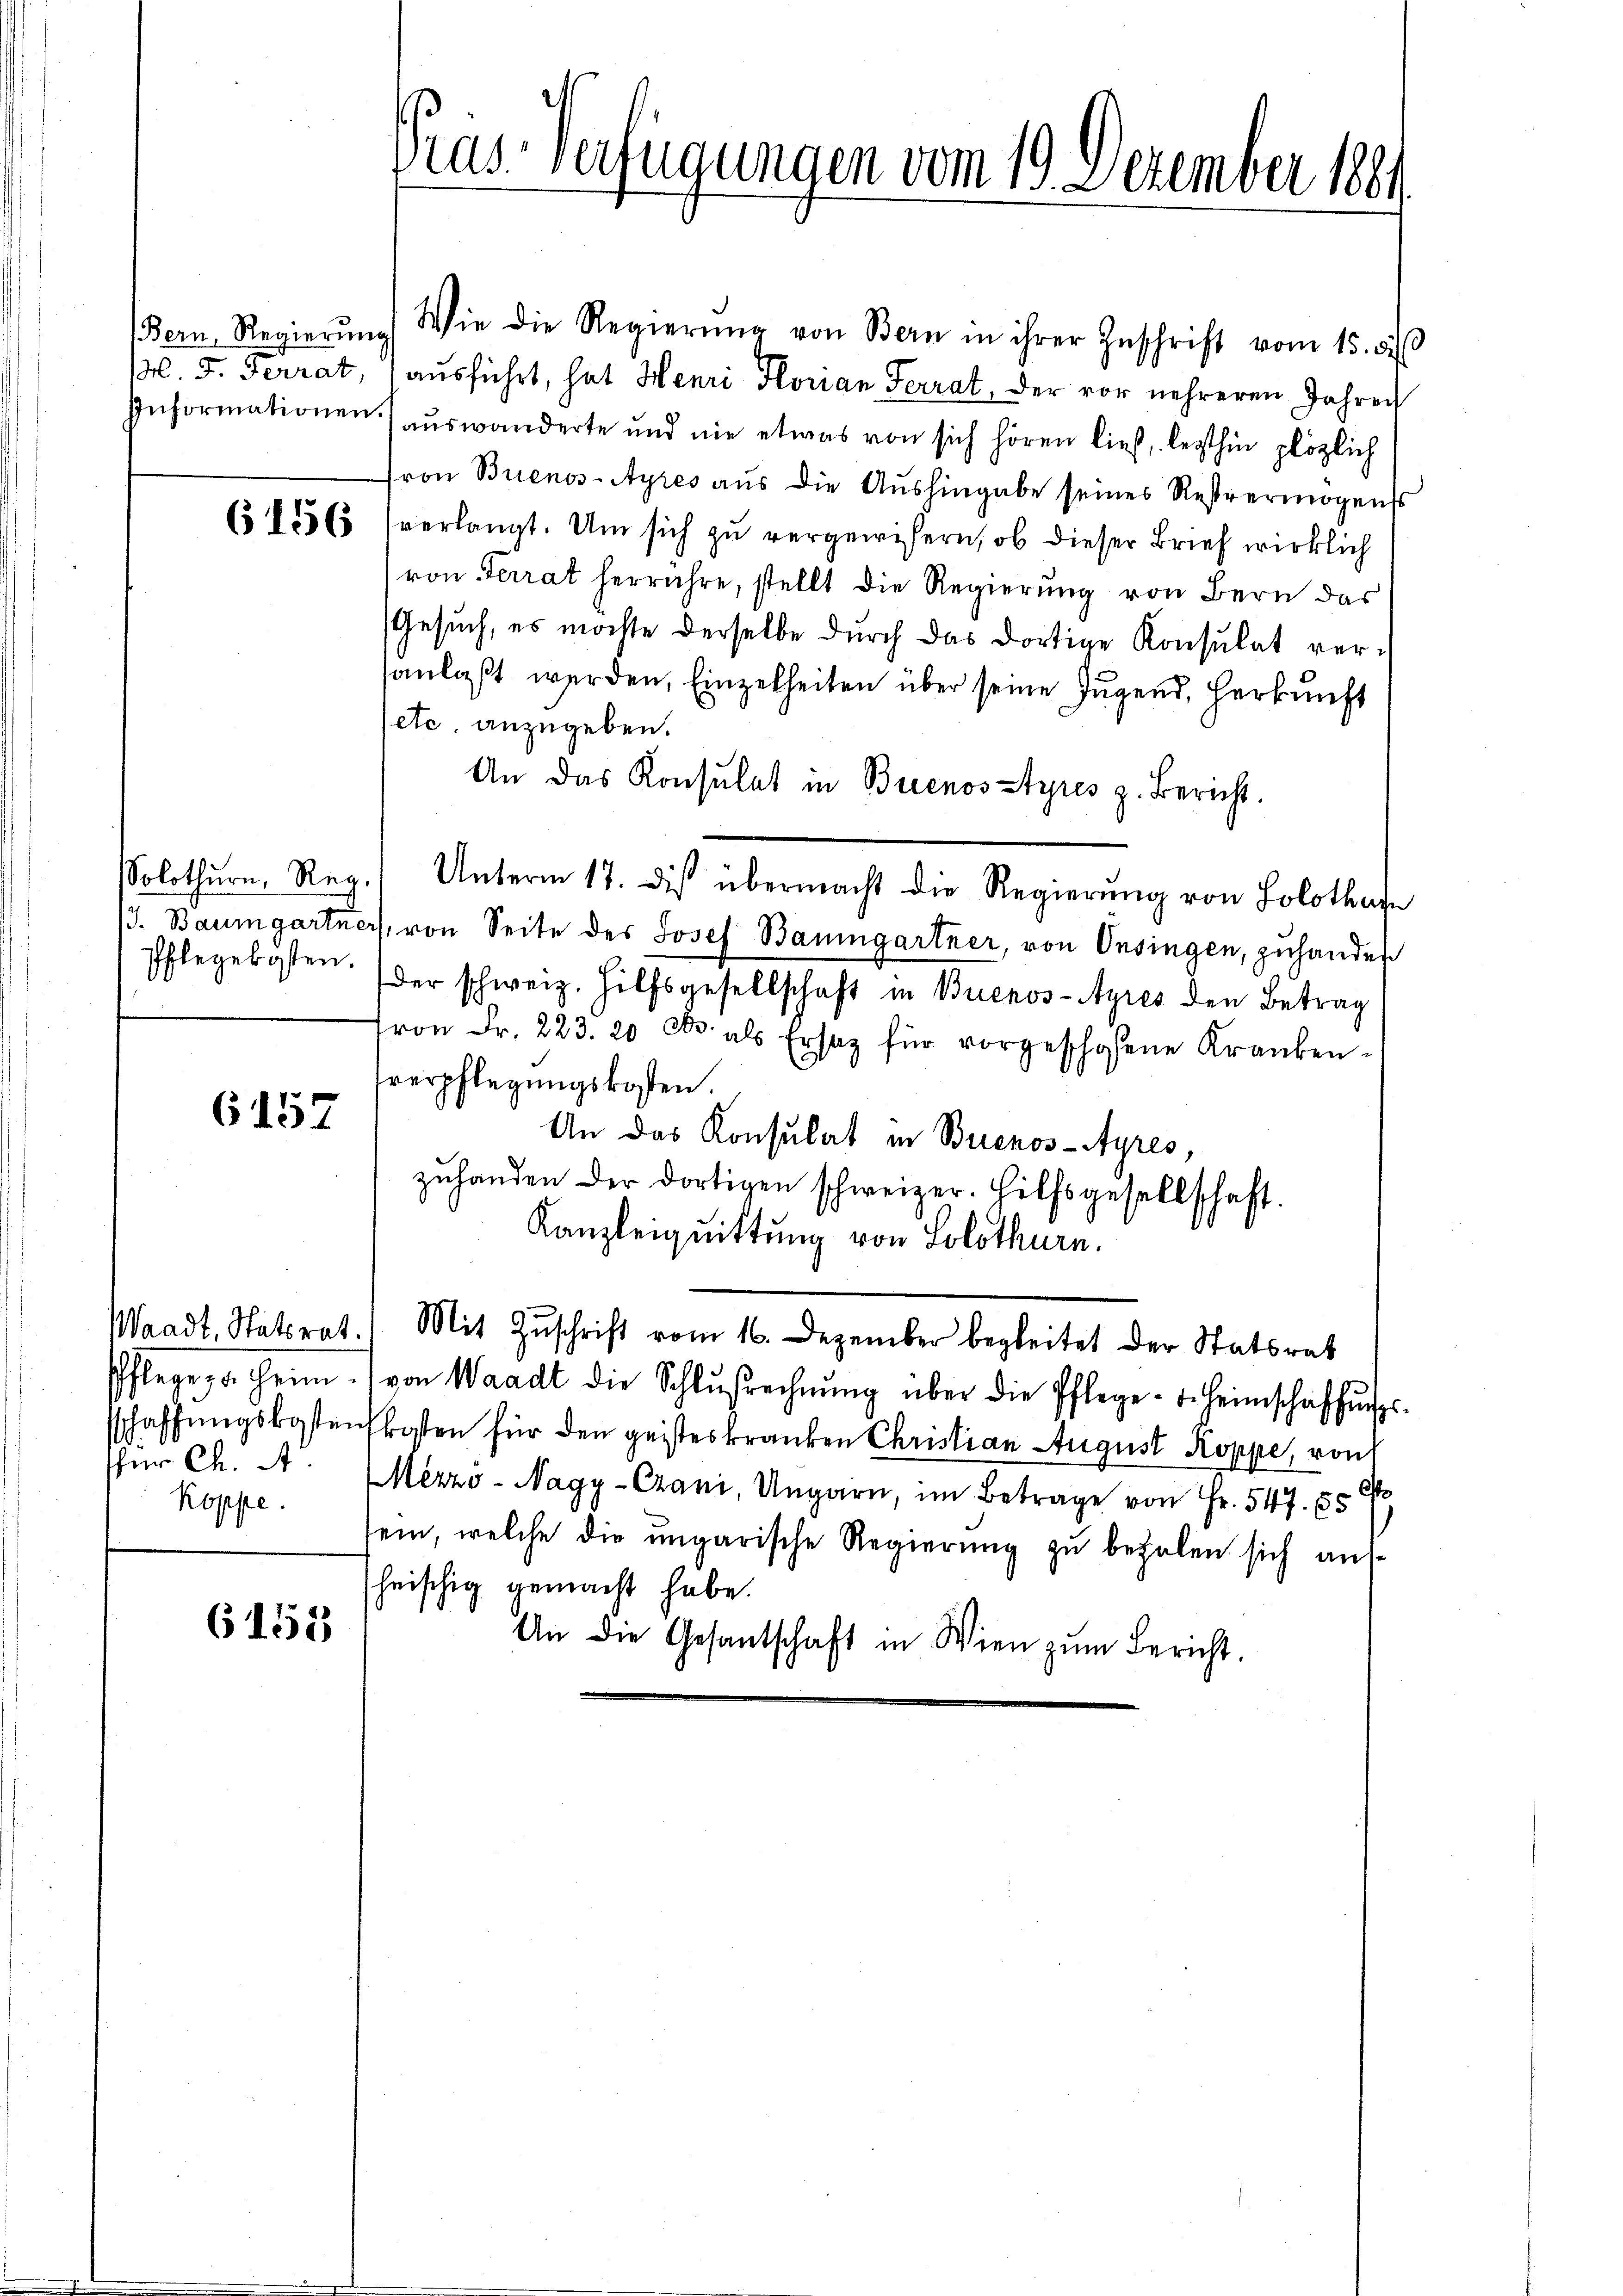
6157

thür Ch. A
Koppe

6151

Pras Verfügungen vom 19. Dezember 1881

(Bern, Regierŭng Wie die Regierŭng von Bern in ihrer Zŭschrift vom 15. d.
. F. Terrat, aŭsführt, hat Henri Florian Ferrat, der vor mehreren Jahren
Informationen auswanderte und nie etwas von sich hören ließ, lezthin plözlich
fron Buenos-Ayres aus die Aushingabe seines Restvermögenss
6 1556 verlangt. Um sich zu vergewisern, ob dieser Brief wirklich
von Terrat herrühre, stellt die Regierŭng von Bern das
Gesŭch, es möchte derselbe dŭrch das dortige Konsulat ver-
sanlaßt werden, Einzelheiten über seine Jugend, Herkunft
etc. anzugeben.
An das Konsulat in Buenos tyres z. Bericht.
Solothurn, Reg. Unterm 17. Des übermacht die Regierŭng von Solothafe
/3. Baumgartner, von Seite des Josef Baumgartner, von Onsingen, zuhander
Pflegeboten. (der schweiz. Hilfsgesellschaft in Buenos-Ayres den Betrag
ron Fr. 223. 20. d. als Ersatz für vorgeschehene Kranken-
verpflegungskosten.
An das Konsulat in Buenos-Ayres,
zŭhanden der dortigen schweizer. Hilfsgesellschaft.
Kanzleiquittung von Solothurn.
Waadt, Statsrat. Mit Zŭschrift vom 16. Dezember begleitet der Statsrat
Pflege, u. heim von Waadt die Schlŭsrechnŭng über die Pflege- u. Heimschaffŭngs-
sschaffŭngskostenskosten für den geisteskranken Christian August Koppe, von
O
Mezzó-Nagy-Crani, Ungarn, im Betrage von Fr. 547. 55
sein, welche die ungarische Regierung zu bezalen sich auf-
heischig gemacht habe.
An die Gesantschaft in Wien zŭm Bericht.